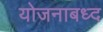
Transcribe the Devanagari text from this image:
योजनाबध्द